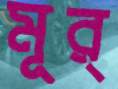
মূর্